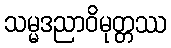
သမ္မဒညာဝိမုတ္တဿ